Bréfritari: Sigríður Pálsdóttir
Viðtakandi: Páll Pálsson
Dagsetning: A-1843-11-24
Skrifað á: Síðumúla  Mýr.
Páll var bróðir Sigríðar

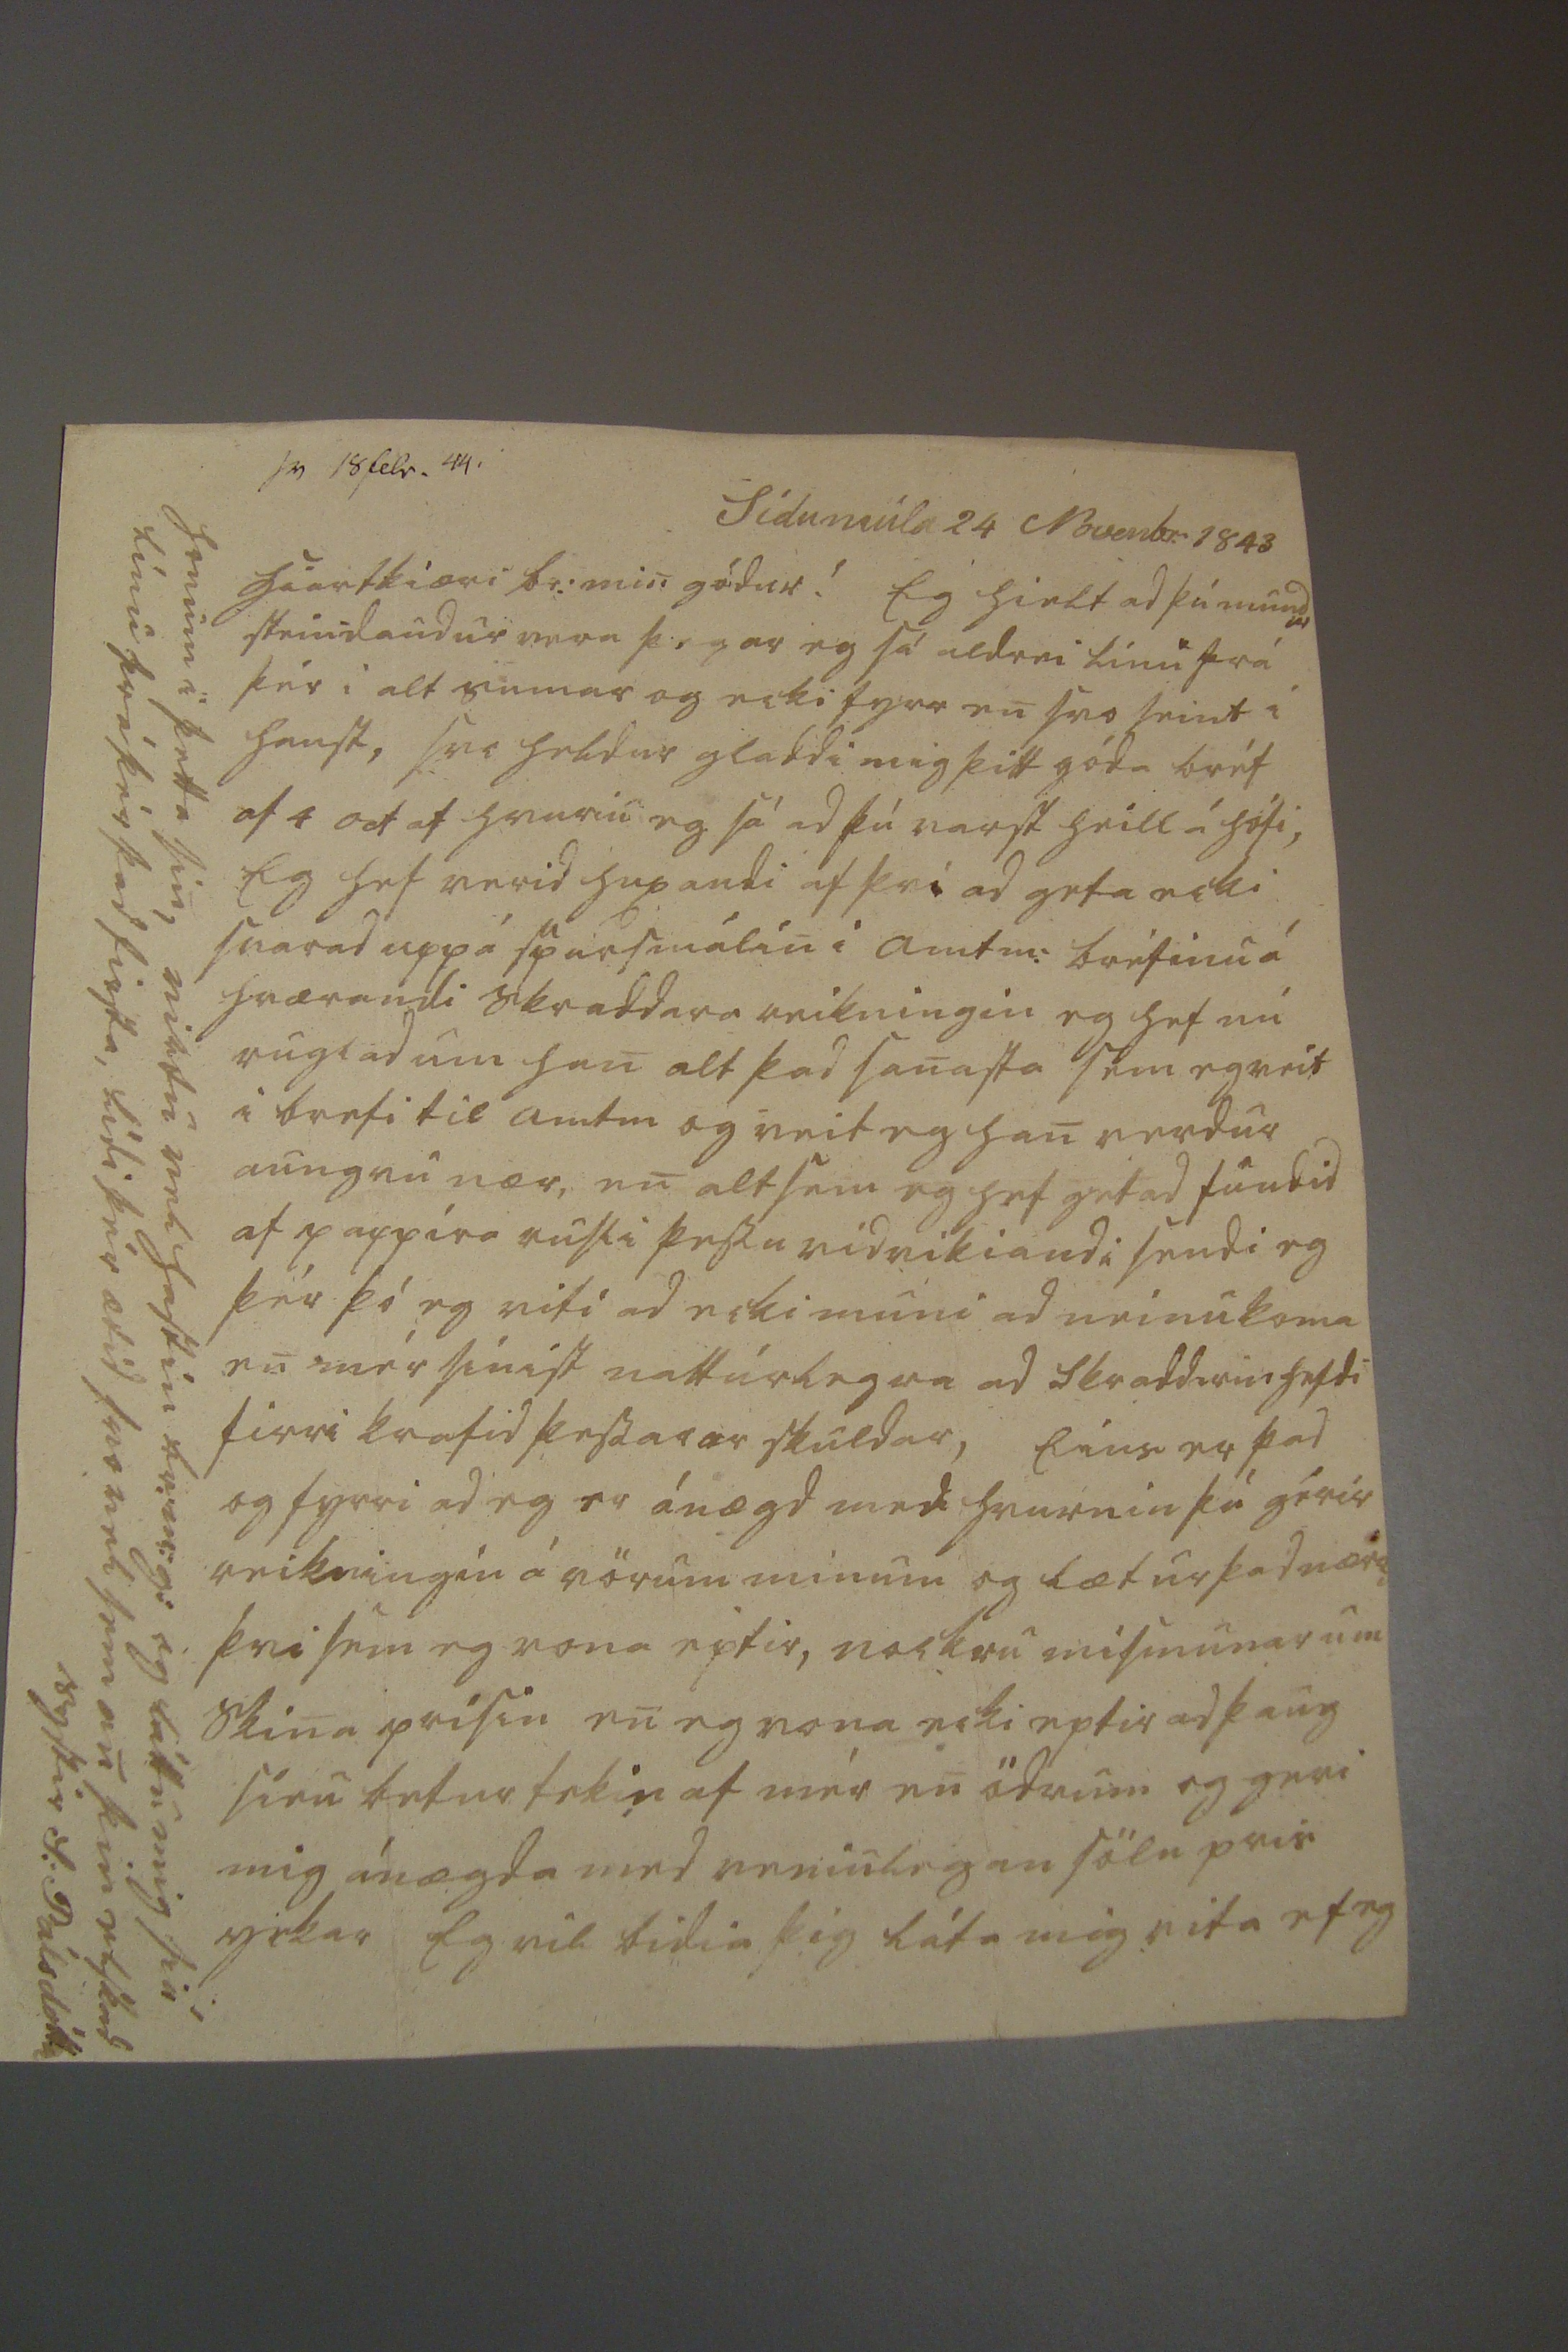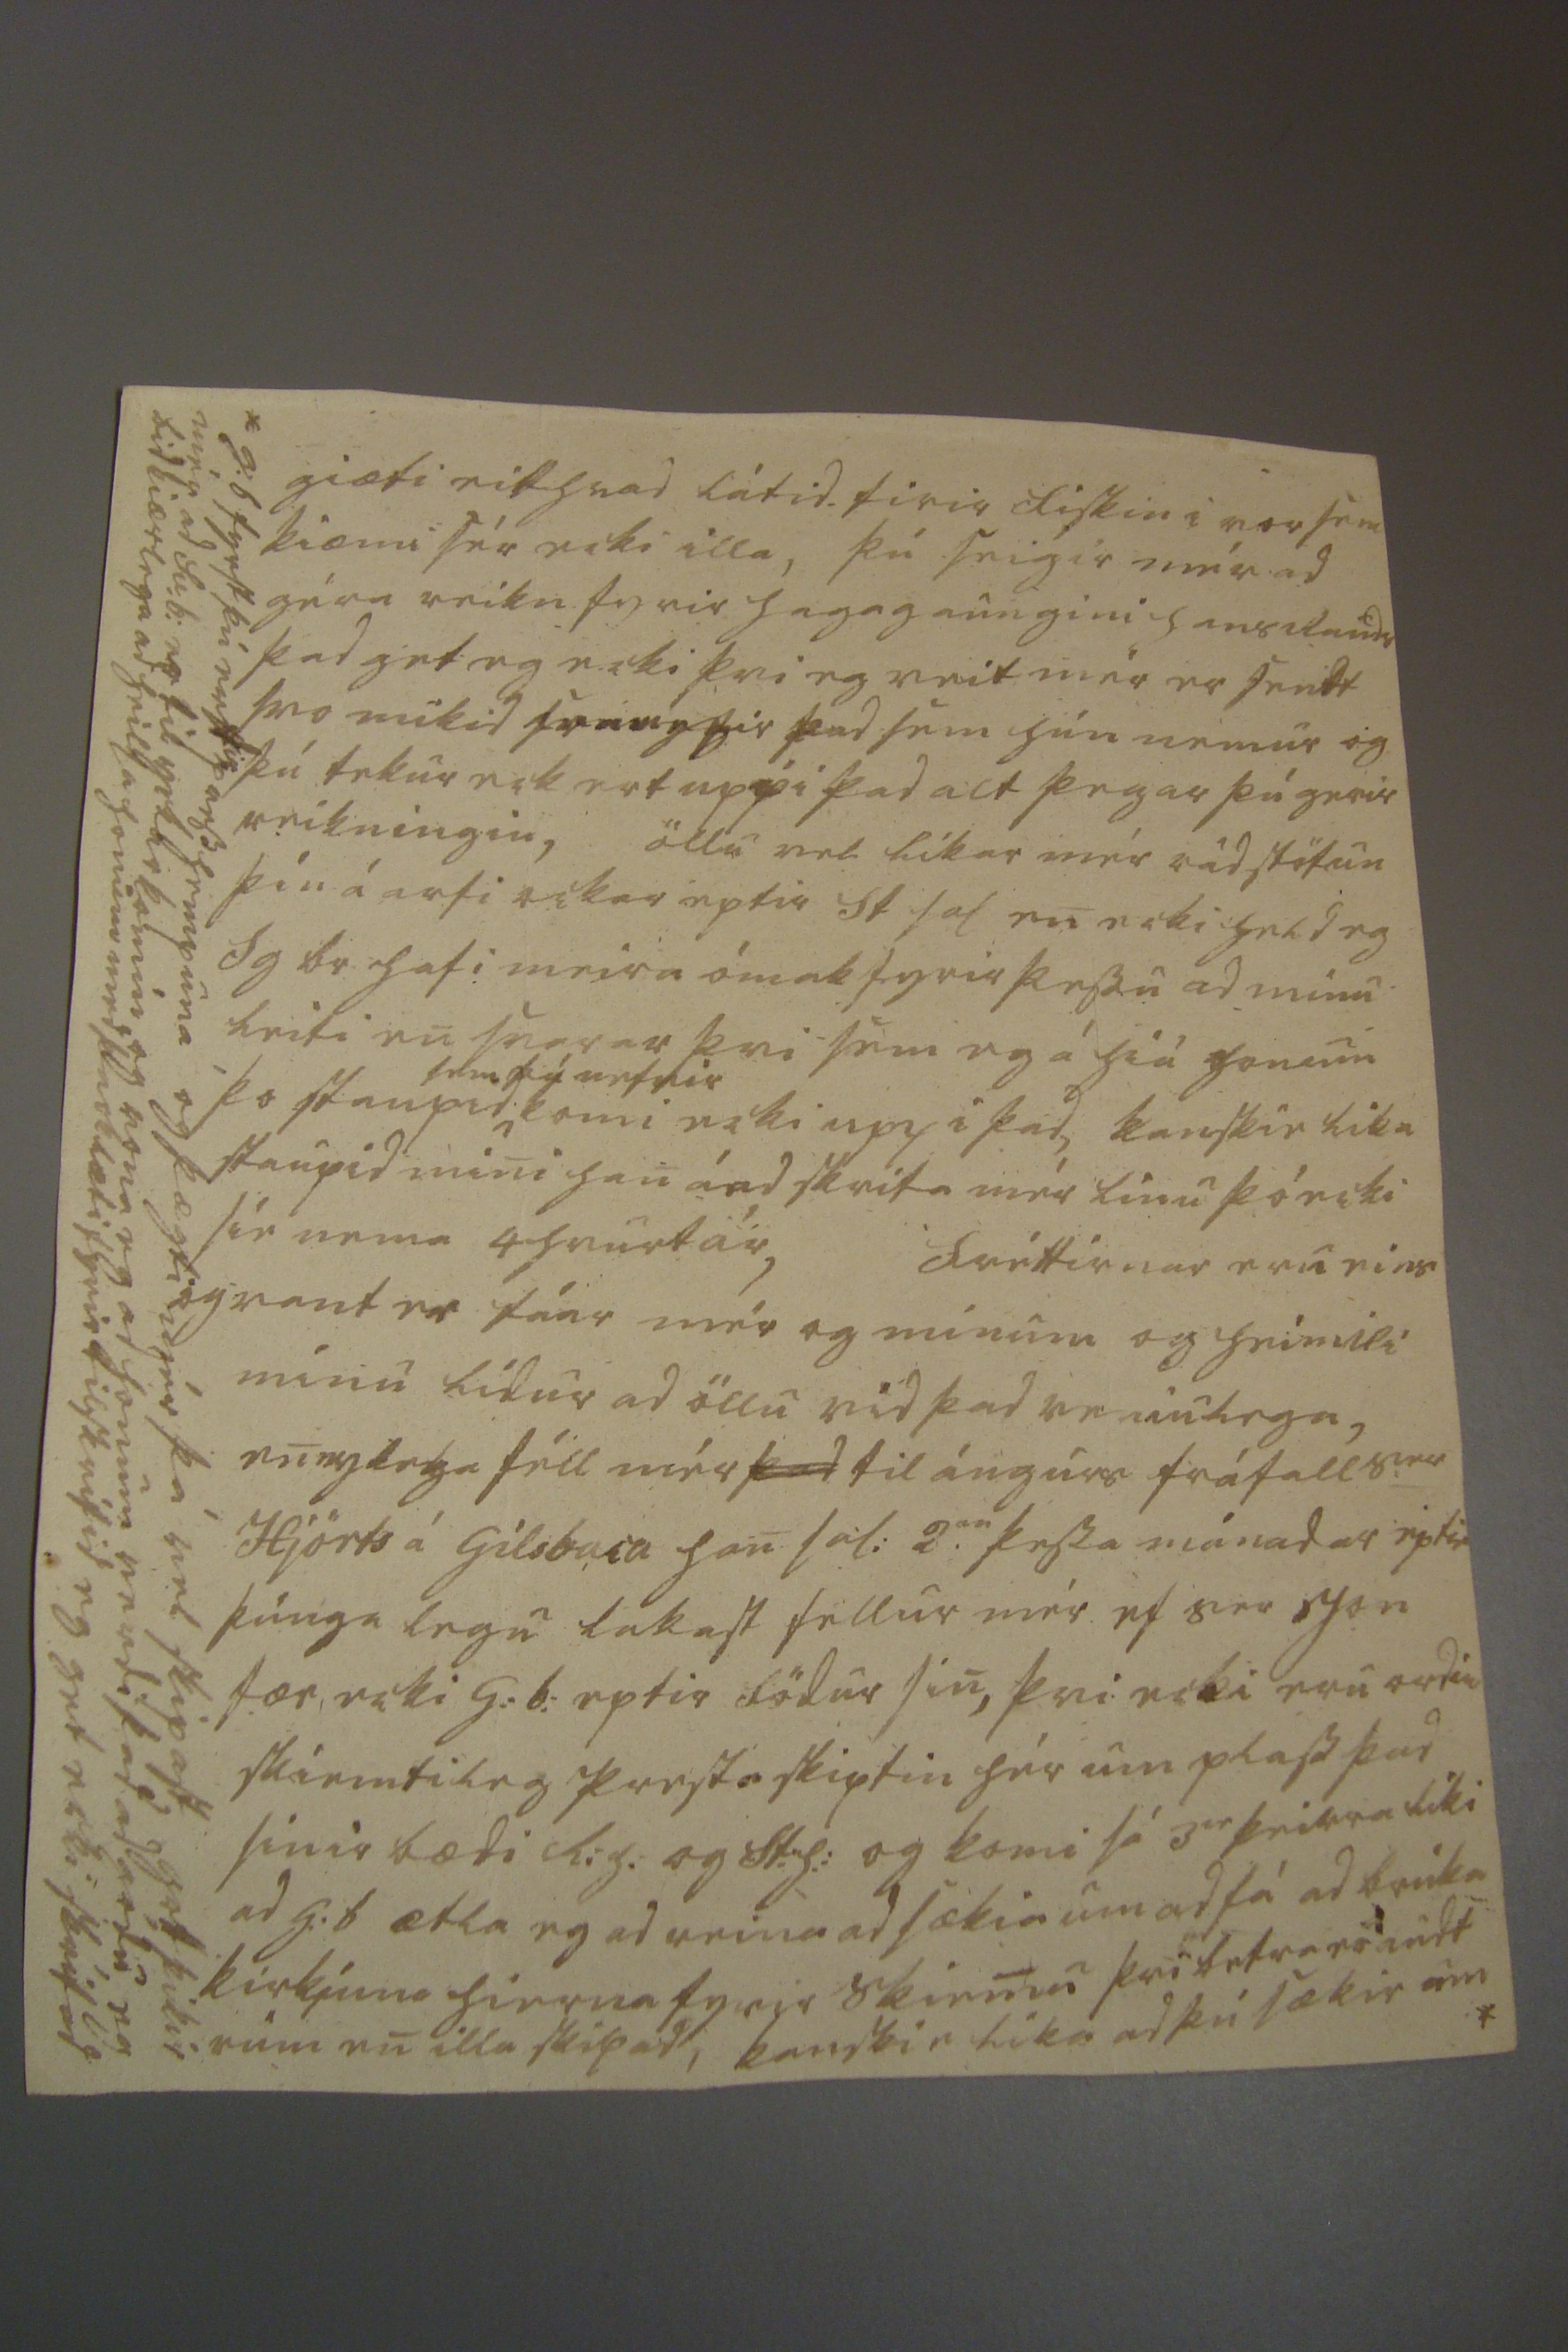

giæti eitthvad látid firir fiskin i vor sem kiæmi sér ecki illa, þú seigir mér ad géra reikn fyrir hagagaungini hans Rauds þad get eg ecki þvi eg veit mér er sendt svo mikid
fram yfir
þad sem hún nemur og þú tekur eckert uppi þad alt þegar þú gerir reikningin, öllu vel líkar mér rádstöfun þín á arfi ockar eptir St sal en ecki held eg Sg br hafi meira ómak fyrir þessu ad minu leiti en svarar þvi sem eg á hiá honum þo staupid
sem þú nefnir
komi ecki upp i þad, kanskie lika staupid mini han á ad skrifa mér linu þó ecki síe nema 4 hvurt ár, fréttirnar eru eins og vant er fáar mér og mínum og heimili mínu lídur ad öllu vid þad veniulega, en nylega féll mér
þad
til ángúrs fráfall S
er
Hjörts á Gilsbaca han sál: 2
an
þessa mánadar eptir þúnga legu lakast fellur mér ef ser Jon fær ecki G:b: eptir födur sin, þvi ecki eru ordin skiemtileg prestaskiptin hér um pláss þad sinir bædi R.h. og St:h: og komi sá 3
ir
þeirra líki ad G:b ætla eg ad reina ad sækia um ad fá ad brúka kirkjuna hierna fyrir skiemu þvi betra er
audt rum
en illa skipad, kanskie lika ad þú sækir um*
* g.b fyrst þú
erfir press
hempuna og þægti mér þá vel skipast, gott þikir mér ad sv.b: er til yckar komin og vona eg ad honum verdi þad ad gódu, eg bid kiærlega ad heilsa honum med þacklæti fyrir tilskrifid eg get ecki skrifad
hiartkiæri br: min gódur ! Eg hielt ad þú mundir steindaudur vera þegar eg sá aldrei línu frá þér i alt sumar og ecki fyrr en svo seint i haust, svo heldur gladdi mig þitt góda bréf af 4 oct af hvuriu eg sá ad þú varst heill á hófi, Eg hef verid huxandi af þvi ad geta ekki svarad uppá spursmálin i amtm: bréfinu á hrærandi Skraddara reikningin eg hef nú ruglad um han alt þad sanasta sem eg veit i brefi til amtm og veit eg han verdur aungvu nær, en alt sem eg hef getad fundid af pappíra rusli þeessu vidvikiandi sendi eg þér þó eg viti ad ecki muni ad neinu koma en mér sínist nattúrlegra ad Skradd
arin
hefdi firri krafid þessarar skuldar, Eins er þad og fyrri ad eg er ánægd med hvurnin þú gérir reikningín á vörum mínum og lætur þad nærri þvi sem eg vona eptir, nockru mismunar um skina prisin en eg vona ecki eptir ad þaug sieu betur tekin af mér en ödrum og geri mig ánægda med veniulegan sölu pris yckar Eg vil bidia þig láta mig vita ef eg
honum i þetta sin, virtu vel hastin br:m:g: og láttu mig siá línu frá þér þad firsta, lídi þér ætíd svo vel sem an þin elskad systir S: Pálsdóttir